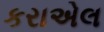
કરાએલ